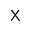
\textsf { X }